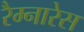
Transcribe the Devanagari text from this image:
रैम्नारेस